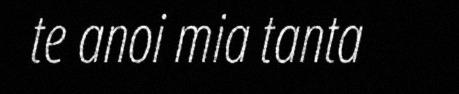
te anoi mia tanta